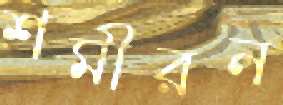
শমীরন